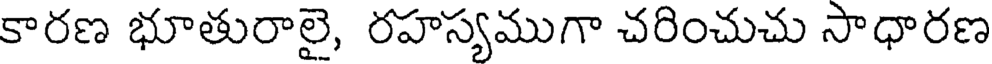
కారణ భూతురాలై, రహస్యముగా చరించుచు సాధారణ